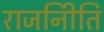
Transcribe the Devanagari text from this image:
राजनीिति